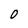
Character: 0